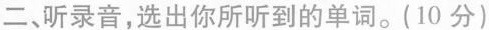
二、听录音,选出你所听到的单词.(10分)